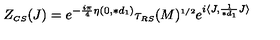
Z _ { \scriptscriptstyle C S } ( J ) = e ^ { - \frac { i \pi } { 4 } \eta ( 0 , \ast d _ { \scriptscriptstyle 1 } ) } \tau _ { \scriptscriptstyle R S } ( M ) ^ { \scriptscriptstyle 1 / 2 } e ^ { i \langle J , \frac { 1 } { \ast d _ { \scriptscriptstyle 1 } } J \rangle }